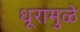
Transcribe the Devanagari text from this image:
धूरामुळे